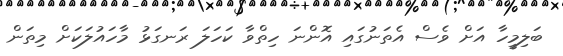
ބަލިމީހާ އަށް ވެސް އެތަނުގައި އޮންނަ ހިތްވާ ކަހަލަ ރަނގަޅު މާހަައުލަކަށް މިތަން